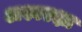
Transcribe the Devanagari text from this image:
अश्वरक्षा